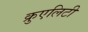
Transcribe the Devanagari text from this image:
क्रुएलिटी